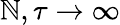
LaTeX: \mathbb{N},\tau\to\infty